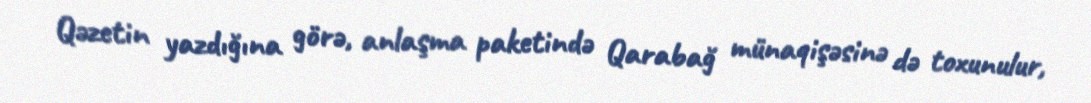
Qəzetin yazdığına görə, anlaşma paketində Qarabağ münaqişəsinə də toxunulur,